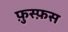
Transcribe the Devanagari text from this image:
फ़ुस्फ़स